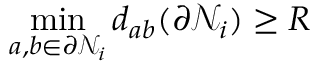
\mathop { \operatorname* { m i n } } _ { a , b \in \partial \mathcal { N } _ { i } } d _ { a b } ( \partial \mathcal { N } _ { i } ) \geq R